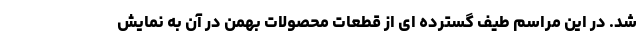
شد. در این مراسم طیف گسترده ای از قطعات محصولات بهمن در آن به نمایش